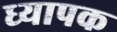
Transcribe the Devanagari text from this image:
ध्यापक